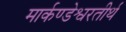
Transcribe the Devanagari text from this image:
मार्कण्डेश्वरतीर्थ